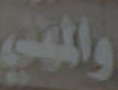
والمهني